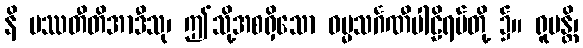
နိ ပဿတီတိအာဒီသု၊ ဤသို့အစရှိသော ဓမ္မသင်္ဂဏီပါဠိရပ်တို့ ၌။ ရူပန္တိ၊